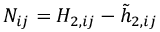
{ N _ { i j } } = H _ { 2 , i j } - \tilde { h } _ { 2 , i j }